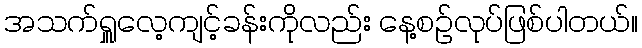
အသက်ရှူလေ့ကျင့်ခန်းကိုလည်း နေ့စဉ်လုပ်ဖြစ်ပါတယ်။